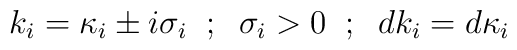
k_i={\kappa}_i\pm i{\sigma}_i\;\;;\;\;{\sigma}_i>0\;\;;\;\;dk_i=d{\kappa}_i